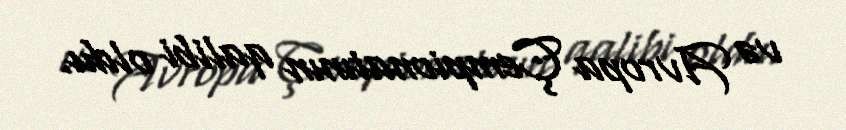
və Avropa Çempionatının qalibi oldu.